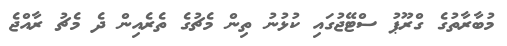
މުބާރާތުގެ ގްރޫޕު ސްޓޭޖުގައި ކުޅުނު ތިން މެޗުގެ ތެރެއިން ދެ މެޗު ރާއްޖެ